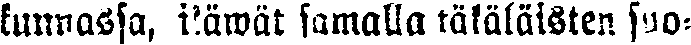
kunnassa, ikäwät samalla täkäläisten suo-